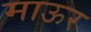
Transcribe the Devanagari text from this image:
माऊर